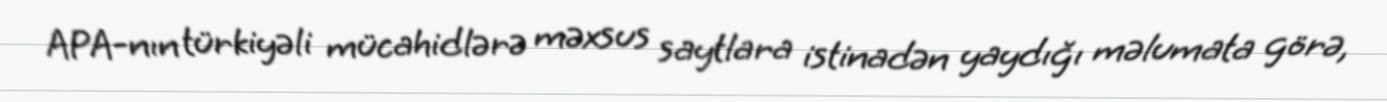
APA-nın türkiyəli mücahidlərə məxsus saytlara istinadən yaydığı məlumata görə,